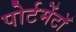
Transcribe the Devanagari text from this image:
पोर्टमेंटॉ